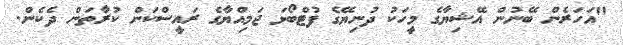
"އަހަރެން ބޭނުން އޭޝިޔާގެ މީހަކު ދުނިޔޭގެ ފުޓްބޯޅަ ޖަމިއްޔާގެ ރައީސްކަން ކުރާތަން ދެކެން.